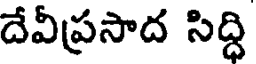
దేవీప్రసాద సిద్ధి